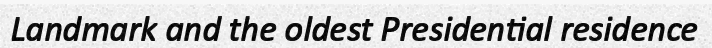
Landmark and the oldest Presidential residence